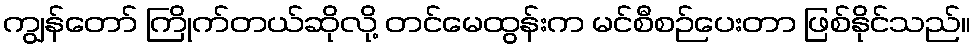
ကျွန်တော် ကြိုက်တယ်ဆိုလို့ တင်မေထွန်းက မင်စီစဉ်ပေးတာ ဖြစ်နိုင်သည်။